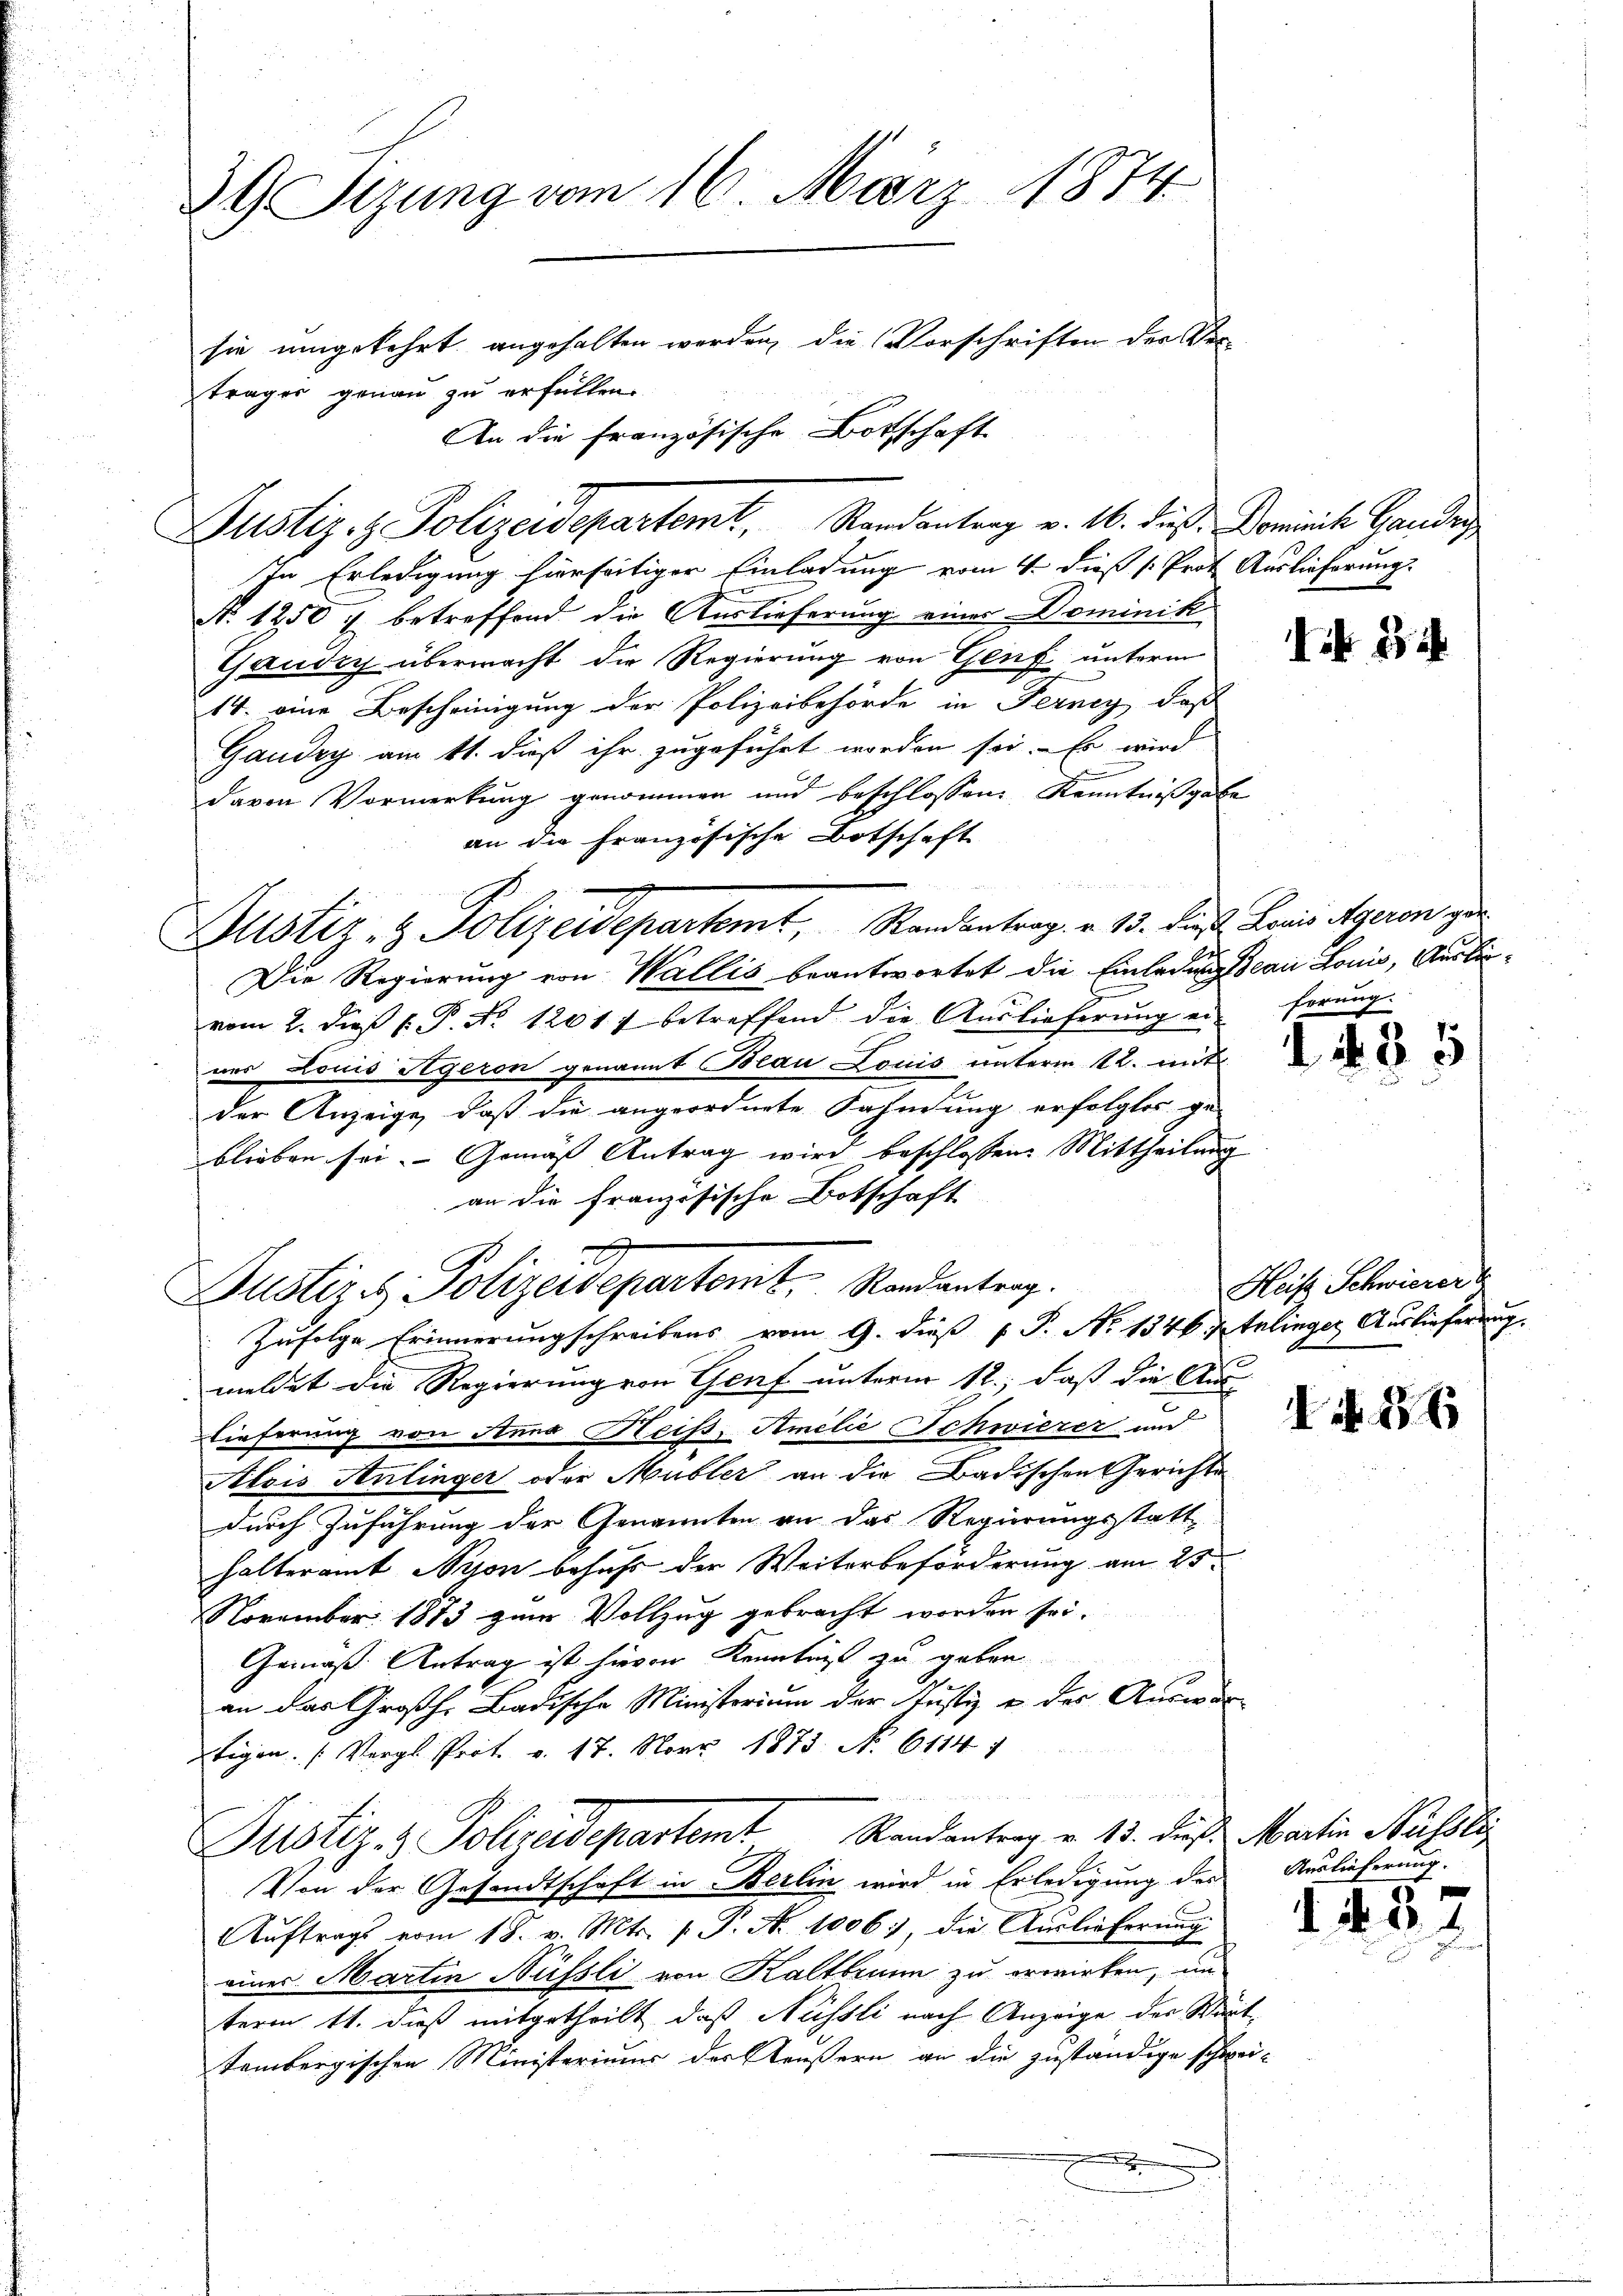
39 Sizung vom 16. März 1874
sie umgekehrt angehalten werden, die Vorschriften der Verträger genau zu erfüllen.
An die französische Botschaft

Justiz- & Polizeidepartemt, Randantrag v. 16. dieß: Dominik Gauder
In Erledigung hierseitiger Einladung vom 4. dieß (Prot. Auslieferung.
N. 1250 f betreffend die Auslieferung einer Dominik
Gaudry übermacht die Regierung von Genf unterm
14. eine Bescheinigung der Polizeibehörde in Ferney, daß
Gaudry am 11. dieß ihr zugeführt worden sei. - Er wird
davon Vormerkung genommen und beschlossene Kenntnißgabe
an die französische Botschaft
n
Justiz- & Polizeidepartemt, Randantrag. v. 13. dieß. Leni Aegeren zu
Die Regierung von Wallis beantwortet die Einladungsseau Lonis, Auslievom 2. dies l. P. Nr. 12017 betreffend die Auslieferung er-
nes Louis Ageron genannt Beau Louis unterm 12. mit
der Anzeige, daß die angeordnete Nahmung erfolgtes ge-
blieben sei. Gemäß Antrag wird beschlossene Mittheilung
an die Französische Botschaft.
Zufolge Erinnerungschreibens vom 9. dieß P. No 1346. Italinger Auslieferung.
meldet die Regierung von Genf unterm 12., daß die Aus-
Lieferung von Anna Heiß, Smilie Schwierer und
Alois Anlinger oder Mubler an die Badischen Gerichte
durch Zuführung der Genannten an das Regierungsstatt-
halteramt erson behufs der Weiterbeförderung am 25.
November 1873 zum Vollzug gebracht worden sei.
Gemäß Antrag ist hievon Kenntags zu geben.
an das Großh. Badische Ministerium der Justiz u. des Auswärtigen. (Vergl. Prot. v. 17. Nov. 1873 No 6114
Justiz- & Polizeidepartemt Randantrag v. 13. dieß Martin Russli
Von der Gesandtschaft in Berlin wird in Erledigung des Auslieferung.
Aŭftrags vom 18. v. Mts. f. P. Nr. 1006., die Auslieferung
eines Martin Nüssli von Kaltbrunn zu erwirken, un
term 11. dieß mitgetheilt, daß Nüssli nach Anzeige der Wart
tembergischen Ministerium der Aeußern an die zuständige schwe
.

Justiz & Polizeidepartent. Standenten.

.

i 3

frrung.

8

Heis Schwierer

I N. 116

5